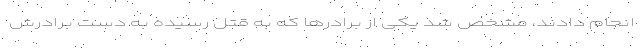
انجام دادند، مشخص شد یکی از برادر‌ها که به قتل رسیده به دست برادرش